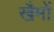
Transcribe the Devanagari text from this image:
खैमों